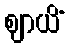
ဈာယိံ